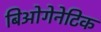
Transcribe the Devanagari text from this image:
बिओगेनेटिक